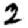
Digit: 2